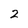
Character: 2